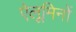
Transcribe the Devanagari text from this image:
ऐलूमिनों